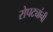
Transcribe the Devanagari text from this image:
रोपट्यांनी